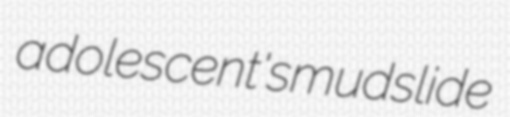
adolescent's mudslide